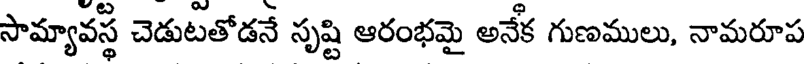
సామ్యావస్థ చెడుటతోడనే సృష్టి ఆరంభమై అనేక గుణములు, నామరూప